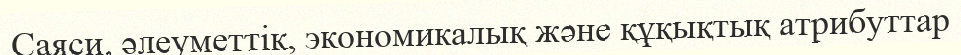
Саяси, әлеуметтік, экономикалық және құқықтық атрибуттар